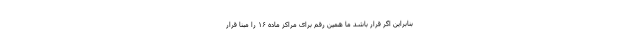
بنابراین اگر قرار باشد ما همین رقم برای مراکز ماده ۱۶ را مبنا قرار